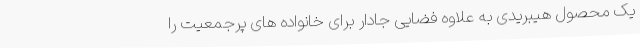
یک محصول هیبریدی به علاوه فضایی جادار برای خانواده های پرجمعیت را